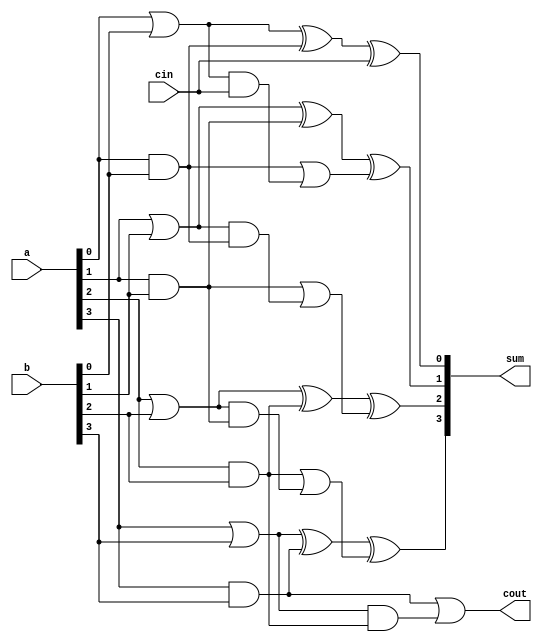
`timescale 1ns / 1ps
//////////////////////////////////////////////////////////////////////////////////
// Company: 
// Engineer: 
// 
// Design Name: 
// Module Name:    CLA_B 
// Project Name: 
// Target Devices: 
// Tool versions: 
// Description: 
//
// Dependencies: 
//
// Revision: 
// Revision 0.01 - File Created
// Additional Comments: 
//
//////////////////////////////////////////////////////////////////////////////////
module CLA_B(
    input [3:0] a,
    input [3:0] b,
    input cin,
    output reg [3:0] sum,
    output reg cout
    );
reg c1,c2,c3;
reg [3:0] p,g;
always@(a,b,cin)
begin
 g[0]=a[0]&b[0];
 g[1]=a[1]&b[1];
 g[2]=a[2]&b[2];
 g[3]=a[3]&b[3];
 p[0]=a[0]|b[0];
 p[1]=a[1]|b[1];
 p[2]=a[2]|b[2];
 p[3]=a[3]|b[3];
 c1=g[0]|(p[0]&cin);
 c2=g[1]|(p[1]&g[0]);
 c3=g[2]|(p[2]&g[1]);
 cout=g[3]|(p[3]&g[2]);
 sum[0]=(p[0]^g[0])^cin;
 sum[1]=(p[1]^g[1])^c1;
 sum[2]=(p[2]^g[2])^c2;
 sum[3]=(p[3]^g[3])^c3;
end
endmodule